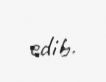
edib.